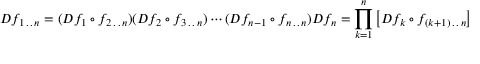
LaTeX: D f _ { 1 \, . \, . \, n } = ( D f _ { 1 } \circ f _ { 2 \, . \, . \, n } ) ( D f _ { 2 } \circ f _ { 3 \, . \, . \, n } ) \cdots ( D f _ { n - 1 } \circ f _ { n \, . \, . \, n } ) D f _ { n } = \prod _ { k = 1 } ^ { n } \left[ D f _ { k } \circ f _ { ( k + 1 ) \, . \, . \, n } \right]